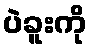
ပဲခူးကို